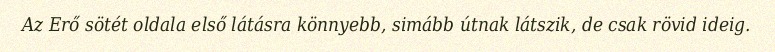
Az Erő sötét oldala első látásra könnyebb, simább útnak látszik, de csak rövid ideig.